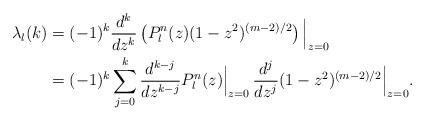
LaTeX: \begin{align*} \lambda_l(k) & = (-1)^k \frac{d^k}{dz^k} \left( P^n_l(z) (1-z^2)^{(m-2)/2} \right)\Big|_{z=0}\\& = (-1)^k \sum_{j=0}^k \frac{d^{k-j}}{dz^{k-j}} P^n_l(z) \Big|_{z=0} \, \frac{d^{j}}{dz^{j}} (1-z^2)^{(m-2)/2} \Big|_{z=0} .\end{align*}